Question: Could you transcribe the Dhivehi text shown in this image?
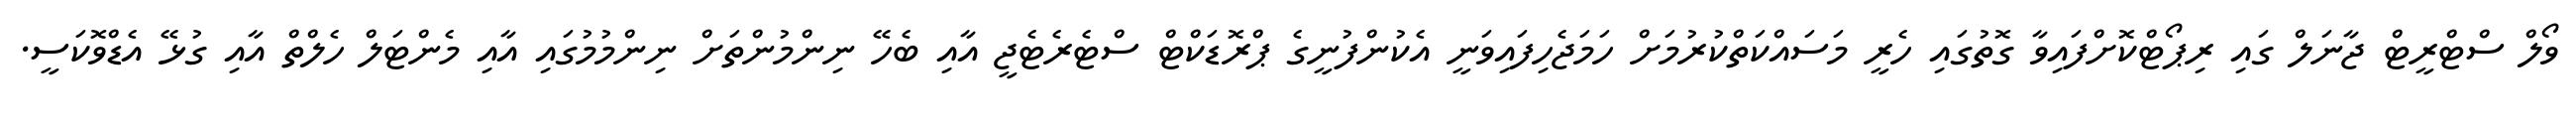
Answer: ވޯލް ސްޓްރީޓް ޖާނަލް ގައި ރިޕޯޓްކޮށްފައިވާ ގޮތުގައި ހެރީ މަސައްކަތްކުރުމަށް ހަމަޖެހިފައިވަނީ އެކުންފުނީގެ ޕްރޮޑަކްޓް ސްޓެރެޓެޖީ އާއި ބެހޭ ނިންމުންތަށް ނިންމުމުގައި އާއި މެންޓަލް ހެލްތް އާއި ގުޅޭ އެޑްވޮކަސީ.